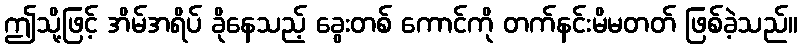
ဤသို့ဖြင့် အိမ်အရိပ် ခိုနေသည့် ခွေးတစ် ကောင်ကို တက်နင်းမိမတတ် ဖြစ်ခဲ့သည်။